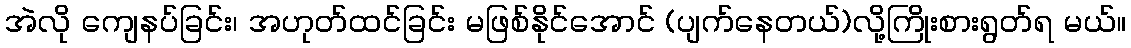
အဲလို ကျေနပ်ခြင်း၊ အဟုတ်ထင်ခြင်း မဖြစ်နိုင်အောင် (ပျက်နေတယ်)လို့ကြိုးစားရွတ်ရ မယ်။